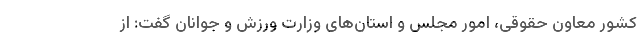
کشور معاون حقوقی، امور مجلس و استان‌های وزارت ورزش و جوانان گفت: از